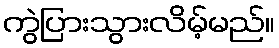
ကွဲပြားသွားလိမ့်မည်။